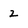
Character: 2